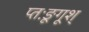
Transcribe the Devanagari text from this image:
प्तःङूगूश्